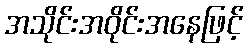
အသိုင်းအဝိုင်းအနေဖြင့်